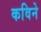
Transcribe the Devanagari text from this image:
कविने